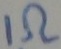
Text: 1Ω